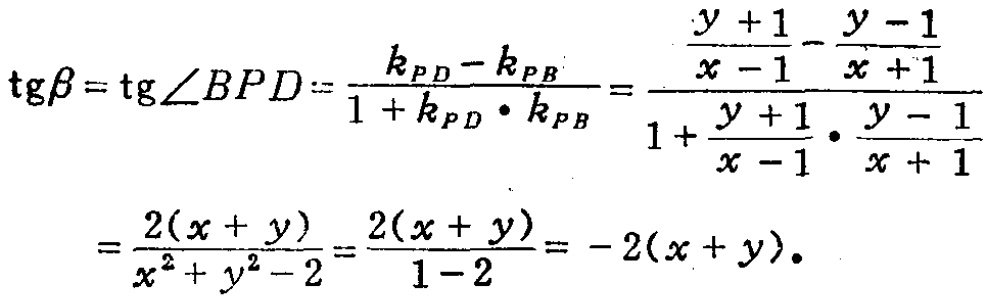
\[\begin{align*}
\operatorname{tg}\beta&=\operatorname{tg}\angle BPD=\frac{k_{PD}-k_{PB}}{1 + k_{PD}\cdot k_{PB}}=\frac{\frac{y + 1}{x - 1}-\frac{y - 1}{x + 1}}{1+\frac{y + 1}{x - 1}\cdot\frac{y - 1}{x + 1}}\\
&=\frac{2(x + y)}{x^{2}+y^{2}-2}=\frac{2(x + y)}{1 - 2}=-2(x + y).
\end{align*}\]